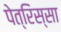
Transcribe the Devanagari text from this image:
पेत्रिस्सा